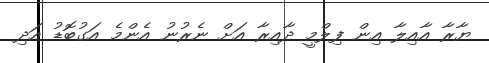
ޔާރާ އާއިލާ އިން ފިލްމީ ދާއިރާ އަށް ނެރުނު އެންމެ އަގުބޮޑު އަދި